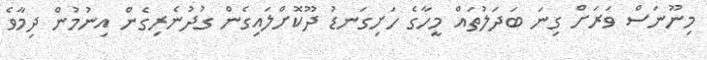
މިނޫނަސް ވަރަށް ގިނަ ބަދަލުތައް މީހާގެ ހަށިގަނޑު ދޫކޮށްލައިގެން ގުދުނެރިގެން އިނުމުން ދިމާވެ